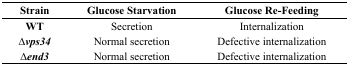
<table><thead><tr><td><b>Strain</b></td><td><b>Glucose Starvation</b></td><td><b>Glucose Re-Feeding</b></td></tr></thead><tbody><tr><td><b>WT</b></td><td>Secretion</td><td>Internalization</td></tr><tr><td>∆<b><i>vps34</i></b></td><td>Normal secretion</td><td>Defective internalization</td></tr><tr><td>∆<b><i>end3</i></b></td><td>Normal secretion</td><td>Defective internalization</td></tr></tbody></table>